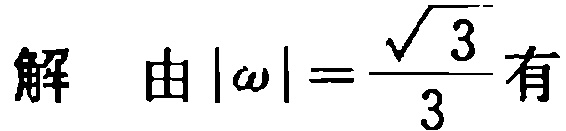
解 由\(|\omega|=\frac{\sqrt{3}}{3}\)有